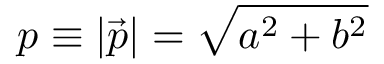
p \equiv | \vec { p } | = \sqrt { a ^ { 2 } + b ^ { 2 } }